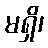
မရှိ၊